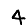
Digit: 4